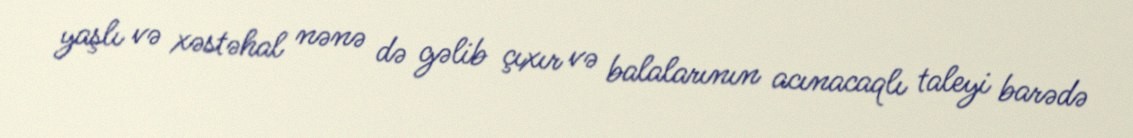
yaşlı və xəstəhal nənə də gəlib çıxır və balalarının acınacaqlı taleyi barədə